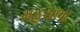
મહસભા